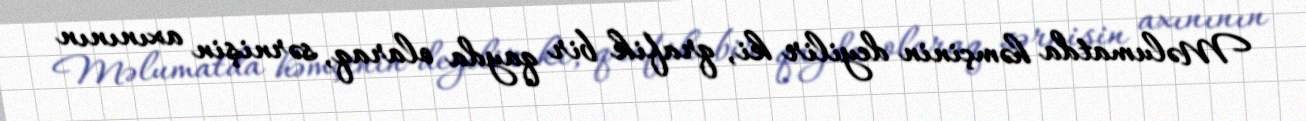
Məlumatda həmçinin deyilir ki, qrafik bir qayda olaraq, sərnişin axınının